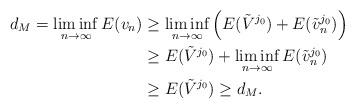
LaTeX: \begin{align*}d_M =\liminf_{n\rightarrow \infty} E(v_n) &\geq \liminf_{n\rightarrow \infty} \left( E(\tilde{V}^{j_0}) + E(\tilde{v}^{j_0}_n) \right) \\& \geq E(\tilde{V}^{j_0}) + \liminf_{n\rightarrow \infty} E(\tilde{v}^{j_0}_n) \\&\geq E(\tilde{V}^{j_0}) \geq d_M.\end{align*}